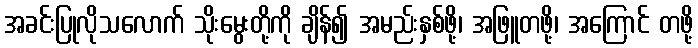
အခင်းပြုလိုသလောက် သိုးမွေးတို့ကို ချိန်၍ အမည်းနှစ်ဖို့၊ အဖြူတဖို့၊ အကြောင် တဖို့